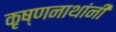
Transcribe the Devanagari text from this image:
कृष्णनाथांनी